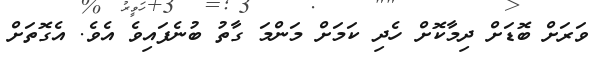
ވަރަށް ބޮޑަށް ދިމާކޮށް ހެދި ކަމަށް މަންމަ ގާތު ބުނެފައިވެ އެވެ. އެގޮތަށް